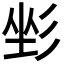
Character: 𢒐